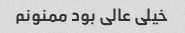
خیلی عالی بود ممنونم